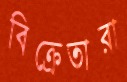
বিক্রেতারা